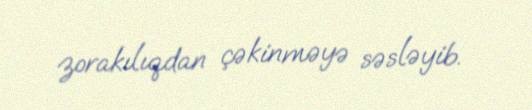
zorakılıqdan çəkinməyə səsləyib.